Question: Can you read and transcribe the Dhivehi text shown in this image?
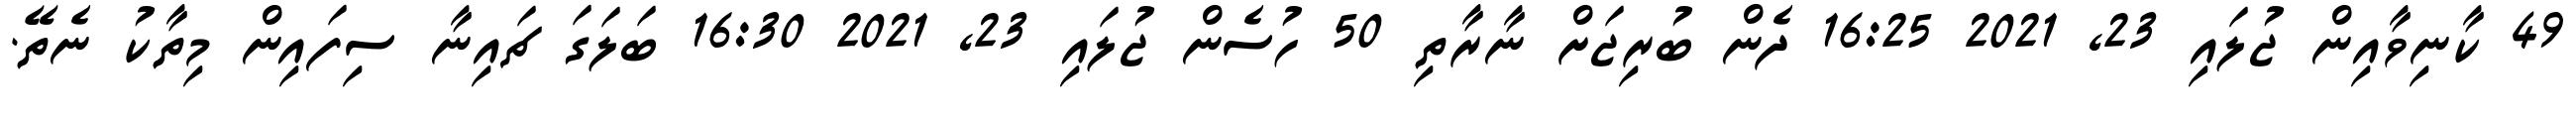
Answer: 49 ކާނިވާއިން ޖުލައި 23, 2021 16:25 ދެން ބުރިޖަށް ނާރާތި 50 ހުސެން ޖުލައި 23, 2021 16:30 ބަލަގަ ޗައިނާ ސިފައިން މިތާކު ނެތޭ.